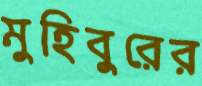
মুহিবুরের